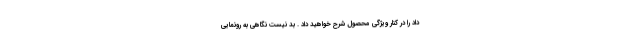
داد را در کنار ویژگی محصول شرح خواهید داد . بد نیست نگاهی به رونمایی